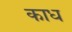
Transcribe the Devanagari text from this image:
काध